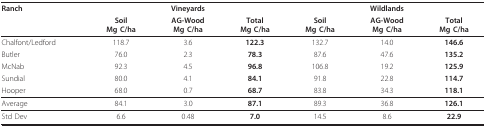
<table><thead><tr><td><b>Ranch</b></td><td colspan="3"><b>Vineyards</b></td><td colspan="3"><b>Wildlands</b></td></tr><tr><td></td><td><b>SoilMg C/ha</b></td><td><b>AG-WoodMg C/ha</b></td><td><b>TotalMg C/ha</b></td><td><b>SoilMg C/ha</b></td><td><b>AG-WoodMg C/ha</b></td><td><b>TotalMg C/ha</b></td></tr></thead><tbody><tr><td>Chalfont/Ledford</td><td>118.7</td><td>3.6</td><td><b>122.3</b></td><td>132.7</td><td>14.0</td><td><b>146.6</b></td></tr><tr><td>Butler</td><td>76.0</td><td>2.3</td><td><b>78.3</b></td><td>87.6</td><td>47.6</td><td><b>135.2</b></td></tr><tr><td>McNab</td><td>92.3</td><td>4.5</td><td><b>96.8</b></td><td>106.8</td><td>19.2</td><td><b>125.9</b></td></tr><tr><td>Sundial</td><td>80.0</td><td>4.1</td><td><b>84.1</b></td><td>91.8</td><td>22.8</td><td><b>114.7</b></td></tr><tr><td>Hooper</td><td>68.0</td><td>0.7</td><td><b>68.7</b></td><td>83.8</td><td>34.3</td><td><b>118.1</b></td></tr><tr><td>Average</td><td>84.1</td><td>3.0</td><td><b>87.1</b></td><td>89.3</td><td>36.8</td><td><b>126.1</b></td></tr><tr><td>Std Dev</td><td>6.6</td><td>0.48</td><td><b>7.0</b></td><td>14.5</td><td>8.6</td><td><b>22.9</b></td></tr></tbody></table>